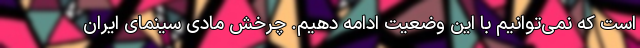
است که نمی‌توانیم با این وضعیت ادامه دهیم. چرخش مادی سینمای ایران